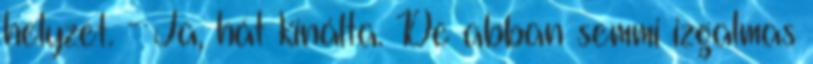
helyzet. - Ja, hát kínálta. De abban semmi izgalmas